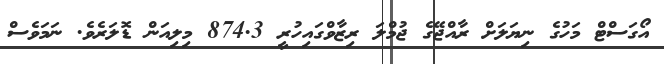
އޯގަސްޓް މަހުގެ ނިޔަލަށް ރާއްޖޭގެ ޖުމްލަ ރިޒާވްގައިހުރީ 874.3 މިލިއަން ޑޮލަރެވެ. ނަމަވެސް